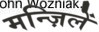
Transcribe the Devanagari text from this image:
मन्ज़िलें